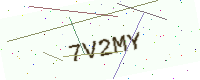
Text: 7V2MY